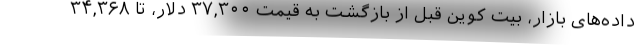
داده‌های بازار، بیت کوین قبل از بازگشت به قیمت ۳۷,۳۰۰ دلار، تا ۳۴,۳۶۸